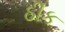
ઠીક